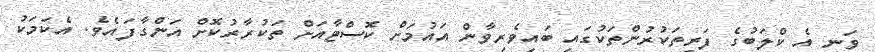
ވަނީ އެ ކްލަބުގެ ފަރިތަކުރުންތަކުގައި ބައިވެރިވާން އައުމަށް ކޮސްޓާއަށް ތަކުރާރުކޮށް އަންގާފައެވެ. އެކަމަކު